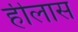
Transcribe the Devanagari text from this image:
हीलास